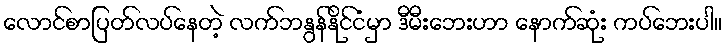
လောင်စာပြတ်လပ်နေတဲ့ လက်ဘနွန်နိုင်ငံမှာ ဒီမီးဘေးဟာ နောက်ဆုံး ကပ်ဘေးပါ။